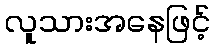
လူသားအနေဖြင့်